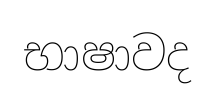
භාෂාවද